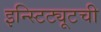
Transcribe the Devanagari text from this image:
इन्स्टिट्यूटची